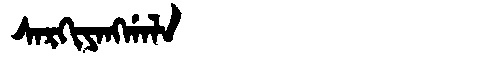
Manchu: ᠰᠠᡵᡴᡳᠶᠠᠩᡤᠠᠯᠠ
Romanization: SARKIYANGGALA